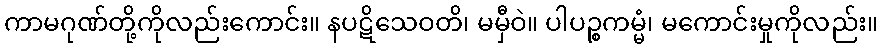
ကာမဂုဏ်တို့ကိုလည်းကောင်း။ နပဋိသေဝတိ၊ မမှီဝဲ။ ပါပဉ္စကမ္မံ၊ မကောင်းမှုကိုလည်း။